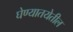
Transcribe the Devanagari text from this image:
घेण्यातयेतील